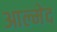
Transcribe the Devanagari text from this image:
आल्मेद